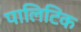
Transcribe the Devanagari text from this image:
पालिटिक